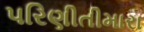
પરિણીતીમારા